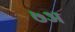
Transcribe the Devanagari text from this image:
७अ